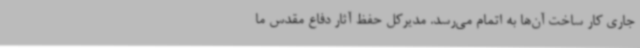
جاری کار ساخت آن‌ها به اتمام می‌رسد. مدیرکل حفظ آثار دفاع مقدس ما